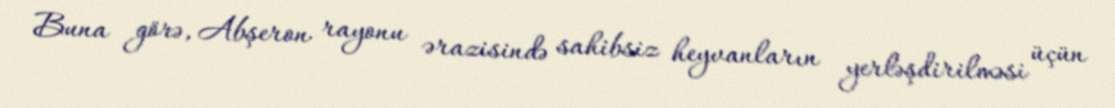
Buna görə, Abşeron rayonu ərazisində sahibsiz heyvanların yerləşdirilməsi üçün